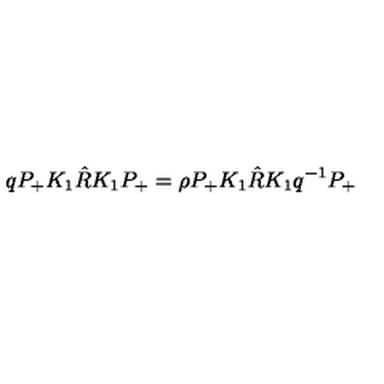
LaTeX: q P _ { + } K _ { 1 } \hat { R } K _ { 1 } P _ { + } = \rho P _ { + } K _ { 1 } \hat { R } K _ { 1 } q ^ { - 1 } P _ { + }